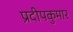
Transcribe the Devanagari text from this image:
प्रदीपकुमार